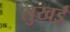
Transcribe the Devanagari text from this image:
सुखई